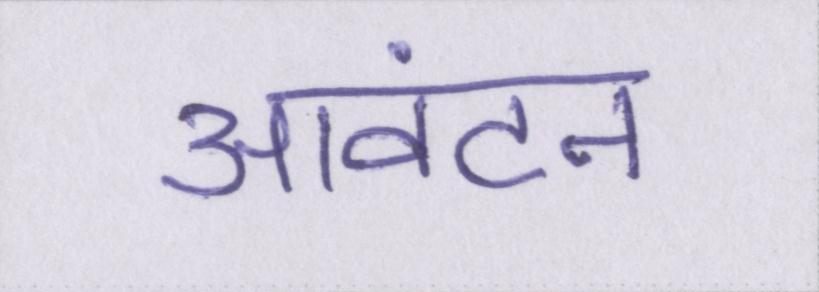
आवंटन